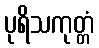
ပုရိသကုတ္တံ